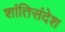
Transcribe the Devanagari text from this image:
शांतिसंदेश